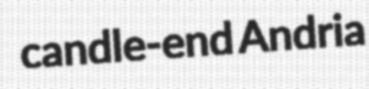
candle-end Andria